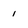
Character: 1